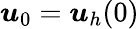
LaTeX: \boldsymbol{u}_{0}=\boldsymbol{u}_{h}(0)